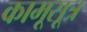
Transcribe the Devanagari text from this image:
कामूसूत्र